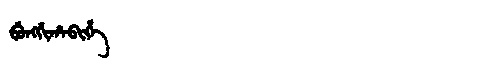
Manchu: ᠪᡠᠩᡤᡳᡥᠠᠪᡳᡥᡝ
Romanization: BUNGGIHABIHE